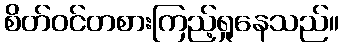
စိတ်ဝင်တစားကြည့်ရှုနေသည်။